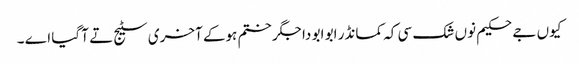
کیوں جے حکیم نوں شک سی کہ کمانڈر ابو ابو دا جگر ختم ہوکے آخری سٹیج تے آ گیا اے ۔